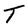
Character: T